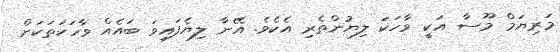
މަރިޔަމް މޫސާ އަކީ ވާހަކަ ލިޔުންތެރި އެކެވެ. އޭނާ ލިޔެފައިވަ ބައެއް ވާހަކަތަކަށް